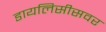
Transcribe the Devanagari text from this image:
डायलिसीसवर